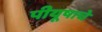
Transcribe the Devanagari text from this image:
पीयूषाचे